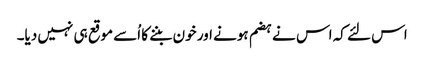
اس لئے کہ اس نے ہضم ہونے اور خون بننے کا اُسے موقع ہی نہیں دیا۔